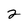
Character: 2